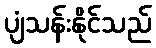
ပျံသန်းနိုင်သည်